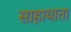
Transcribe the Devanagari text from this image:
साहायाता